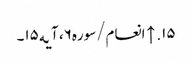
۱۵. ↑ انعام/سوره۶، آیه۱۵۔